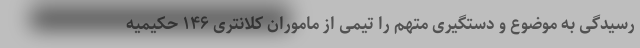
رسیدگی به موضوع و دستگیری متهم را تیمی از ماموران کلانتری ۱۴۶ حکیمیه